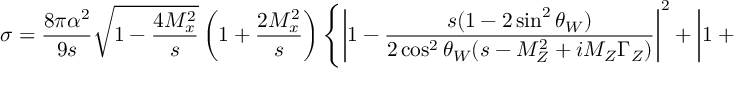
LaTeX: \sigma = { \frac { 8 \pi \alpha ^ { 2 } } { 9 s } } \sqrt { 1 - { \frac { 4 M _ { x } ^ { 2 } } { s } } } \left( 1 + { \frac { 2 M _ { x } ^ { 2 } } { s } } \right) \left\{ \left| 1 - { \frac { s ( 1 - 2 \sin ^ { 2 } \theta _ { W } ) } { 2 \cos ^ { 2 } \theta _ { W } ( s - M _ { Z } ^ { 2 } + i M _ { Z } \Gamma _ { Z } ) } } \right| ^ { 2 } + \left| 1 + { \frac { s \tan ^ { 2 } \theta _ { W } } { s - M _ { Z } ^ { 2 } + i M _ { Z } \Gamma _ { Z } } } \right| ^ { 2 } \right\} ,